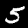
Digit: 5